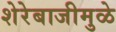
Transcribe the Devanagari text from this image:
शेरेबाजीमुळे